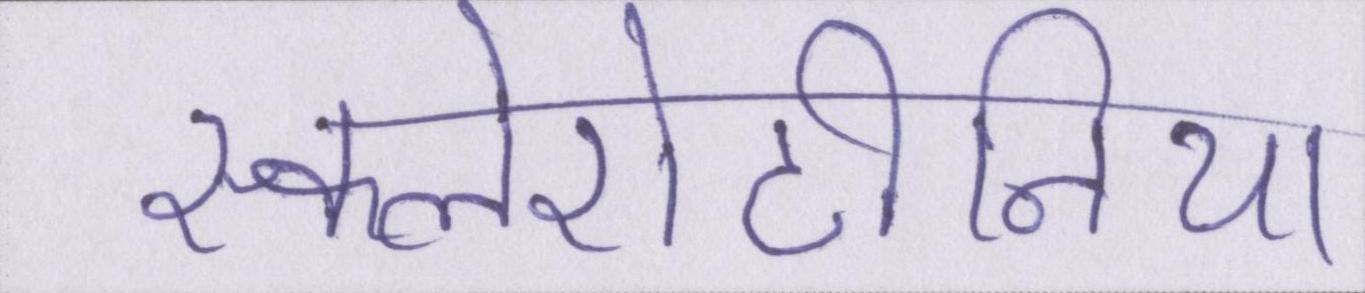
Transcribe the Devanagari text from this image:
स्कलेरोटीनिया